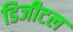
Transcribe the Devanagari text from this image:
डिजीटल